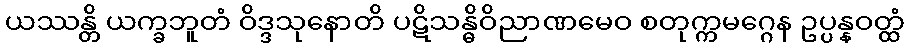
ယဿန္တိ ယက္ခဘူတံ ဝိဒ္ဒသုနောတိ ပဋိသန္ဓိဝိညာဏမေဝ စတုက္ကမဂ္ဂေန ဥပ္ပန္နဝတ္ထံ